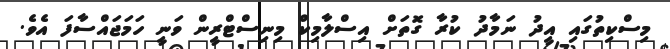
މިސްކިތުގައި އީދު ނަމާދު ކުރާ ގޮތަށް އިސްލާމިކް މިނިސްޓްރީން ވަނީ ހަމަޖައްސާފަ އެވެ.